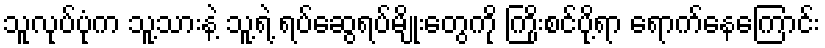
သူလုပ်ပုံက သူ့သားနဲ့ သူ့ရဲ့ ရပ်ဆွေရပ်မျိုးတွေကို ကြိုးစင်ပို့ရာ ရောက်နေကြောင်း